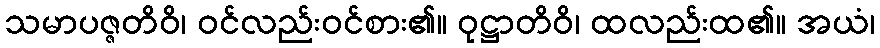
သမာပဇ္ဇတိဝိ၊ ဝင်လည်းဝင်စား၏။ ဝုဋ္ဌာတိဝိ၊ ထလည်းထ၏။ အယံ၊